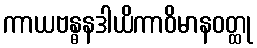
ကာယဗန္ဓနဒါယိကာဝိမာနဝတ္ထု